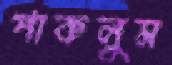
পাকলুম